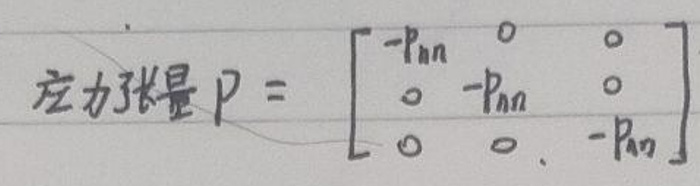
应力张量 $\mathbf{P} = \begin{bmatrix} -p_{nn} & 0 & 0 \\ 0 & -p_{nn} & 0 \\ 0 & 0 & -p_{nn} \end{bmatrix}$